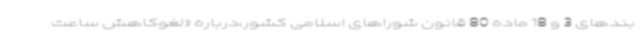
بندهای 3 و 18 ماده 80 قانون شوراهای اسلامی کشور،درباره «لغوکاهش ساعت